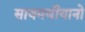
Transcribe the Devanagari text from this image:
सायमधीयानो